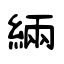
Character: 緉